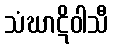
သံဃာဋိဝါသီ